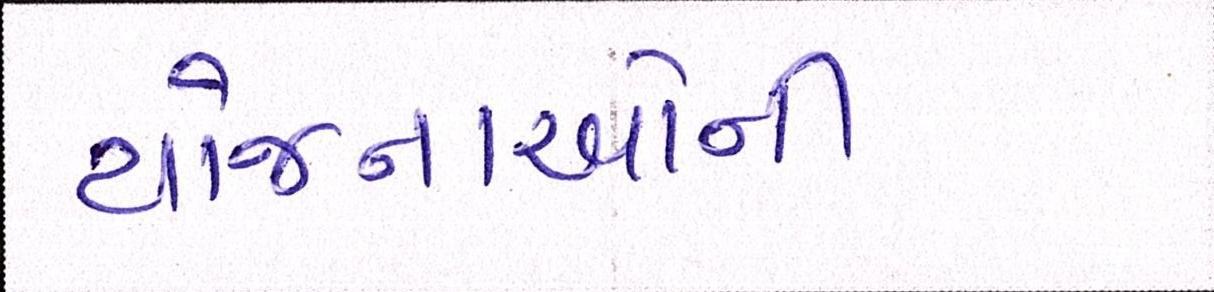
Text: યોજનાઓની